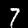
Label: 7